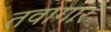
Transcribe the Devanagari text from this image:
तवागारं